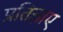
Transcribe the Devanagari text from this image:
प्रतिज्ञाए